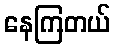
နေကြတယ်